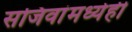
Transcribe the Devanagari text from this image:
सजिवांमध्येही